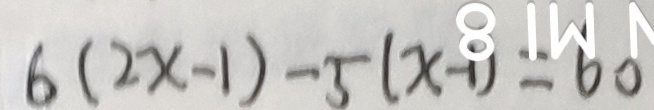
6 ( 2 x - 1 ) - 5 ( x - 1 ) = 6 0